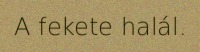
A fekete halál.